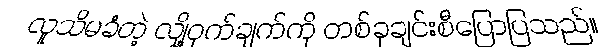
လူသိမခံတဲ့ လျှို့ဝှက်ချက်ကို တစ်ခုချင်းစီပြောပြသည်။